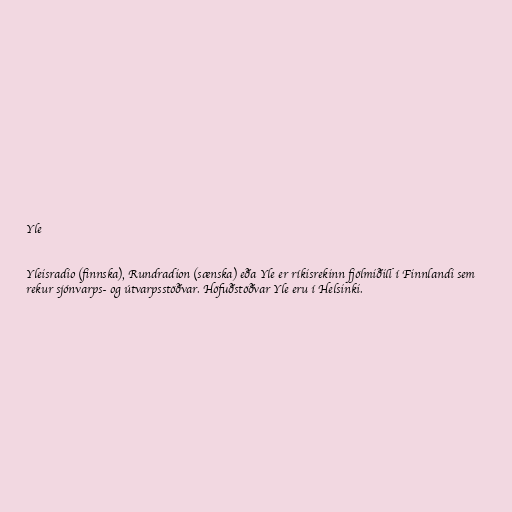
Yle

Yleisradio (finnska), Rundradion (sænska) eða Yle er ríkisrekinn fjölmiðill í Finnlandi sem
rekur sjónvarps- og útvarpsstöðvar. Höfuðstöðvar Yle eru í Helsinki.